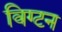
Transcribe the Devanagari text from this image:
विग्टन